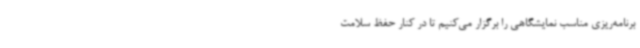
برنامه‌ریزی مناسب نمایشگاهی را برگزار می‌کنیم تا در کنار حفظ سلامت